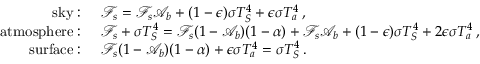
\begin{array} { r l } { \mathrm { s k y : ~ } } & { \mathcal { F } _ { s } = \mathcal { F } _ { s } \mathcal { A } _ { b } + ( 1 - \epsilon ) \sigma T _ { S } ^ { 4 } + \epsilon \sigma T _ { a } ^ { 4 } \, , } \\ { \mathrm { a t m o s p h e r e : ~ } } & { \mathcal { F } _ { s } + \sigma T _ { S } ^ { 4 } = \mathcal { F } _ { s } ( 1 - \mathcal { A } _ { b } ) ( 1 - \alpha ) + \mathcal { F } _ { s } \mathcal { A } _ { b } + ( 1 - \epsilon ) \sigma T _ { S } ^ { 4 } + 2 \epsilon \sigma T _ { a } ^ { 4 } \, , } \\ { \mathrm { s u r f a c e : ~ } } & { \mathcal { F } _ { s } ( 1 - \mathcal { A } _ { b } ) ( 1 - \alpha ) + \epsilon \sigma T _ { a } ^ { 4 } = \sigma T _ { S } ^ { 4 } \, . } \end{array}